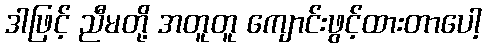
ဒါဖြင့် ညီမတို့ အတူတူ ကျောင်းဖွင့်ထားတာပေါ့